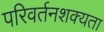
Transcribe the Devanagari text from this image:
परिवर्तनशक्यता